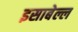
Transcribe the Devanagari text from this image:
इसाबेल्ल